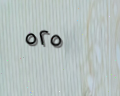
٥٢٥